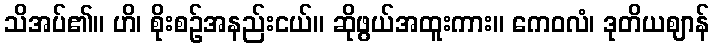
သိအပ်၏။ ဟိ၊ စိုးစဉ်အနည်းငယ်။ ဆိုဖွယ်အထူးကား။ ကေဝလံ၊ ဒုတိယဈာန်